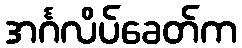
အင်္ဂလိပ်ခေတ်က